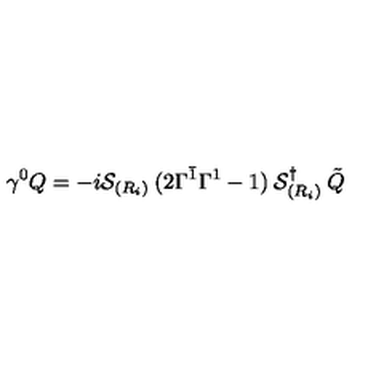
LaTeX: \gamma ^ { 0 } Q = - i { \cal S } _ { ( R _ { i } ) } \: ( 2 \Gamma ^ { \bar { 1 } } \Gamma ^ { 1 } - 1 ) \: { \cal S } _ { ( R _ { i } ) } ^ { \dagger } \: \tilde { Q }